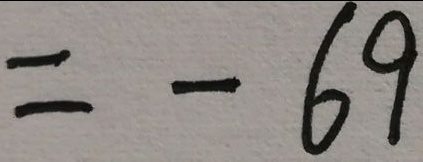
= - 6 9